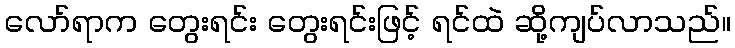
လော်ရာက တွေးရင်း တွေးရင်းဖြင့် ရင်ထဲ ဆို့ကျပ်လာသည်။